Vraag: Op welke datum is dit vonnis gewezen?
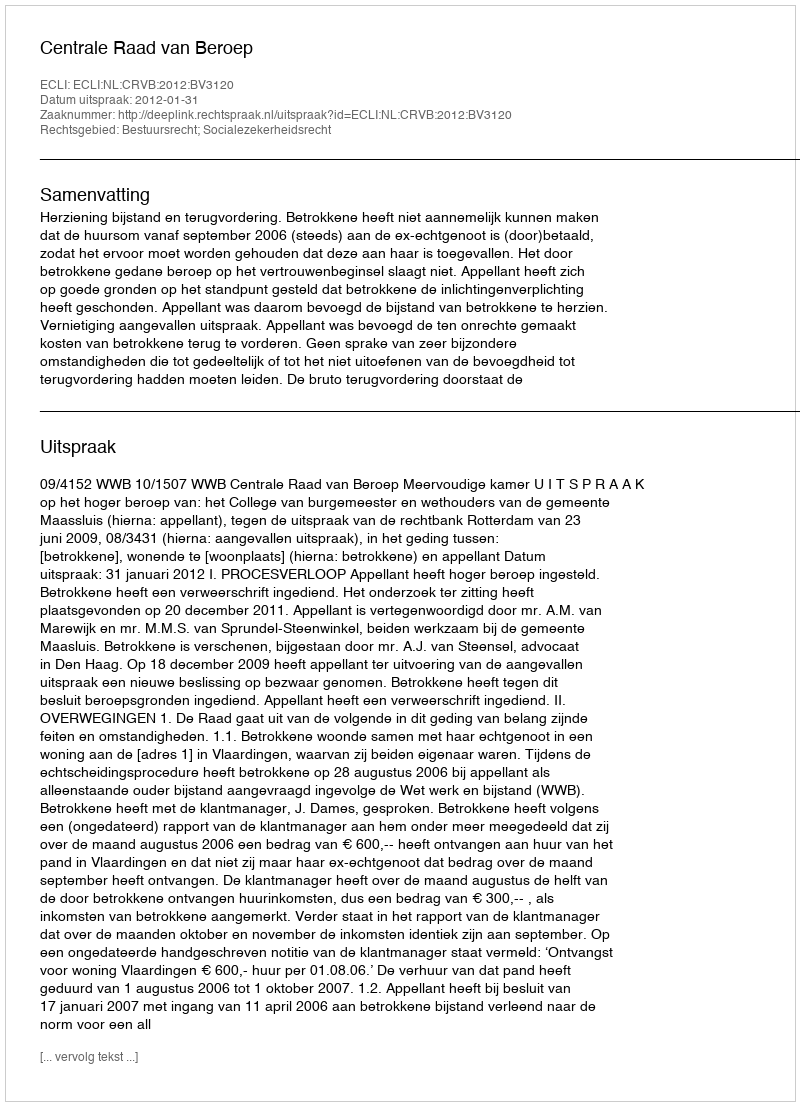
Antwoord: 2012-01-31